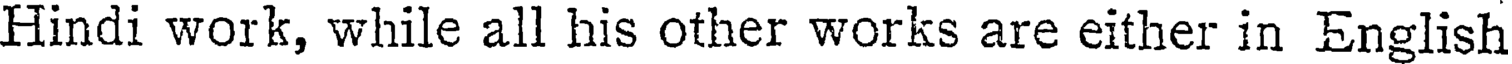
Hindi work, while all his other works are either in English